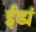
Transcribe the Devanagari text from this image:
ईड्यं